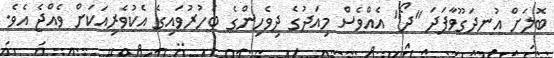
ބޮލަށް އުނދަގޫވާފަދަ "ދޯ" އެއްވެސް މިއަދުގެ ދިވެހިންގެ ބަހުރުވައިގެ އެކުވެރިއަކަށް ވެއްޖެ އެވެ.